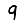
Digit: 9